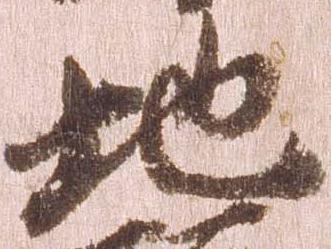
地